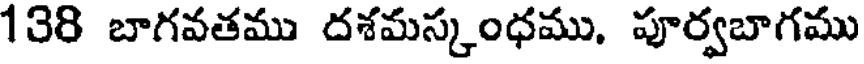
138 బాగవతము దశమస్కంధము, పూర్వబాగము